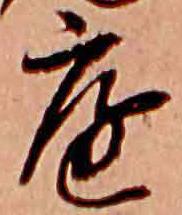
庭